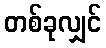
တစ်ခုလျှင်